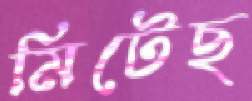
মিটেছ